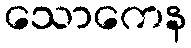
သောကေန